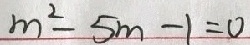
m ^ { 2 } - 5 m - 1 = 0